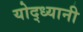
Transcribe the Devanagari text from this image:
योद्ध्यानी